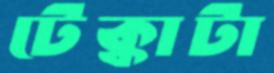
টেক্কাটা